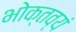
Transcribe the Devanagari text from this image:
भोक्तव्यं